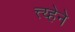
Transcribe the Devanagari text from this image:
त्त्य्हेने